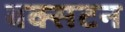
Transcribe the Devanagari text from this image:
बक्सटन